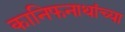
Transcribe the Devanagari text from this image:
कानिफनाथांच्या